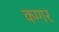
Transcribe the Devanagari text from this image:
कग्गर